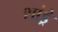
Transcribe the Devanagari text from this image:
शांड्रे